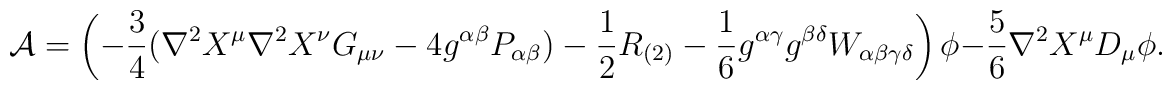
{\cal A} = \left(- \frac{3}{4} (\nabla^2 X^\mu \nabla^2 X^\nu G_{\mu \nu} - 4 g^{\alpha \beta} P_{\alpha \beta}) - \frac{1}{2} R_{(2)} - \frac{1}{6} g^{\alpha \gamma} g^{\beta \delta} W_{\alpha \beta \gamma \delta} \right) \phi - \frac{5}{6} \nabla^2 X^\mu D_\mu \phi .